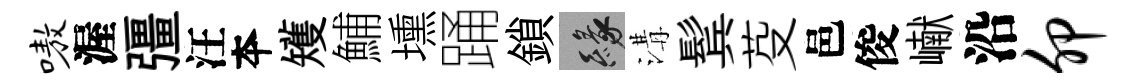
嗷渥彊汪夲矱鯆壎踊鎖緣溝鬂芟邑俊𪩘沿卯